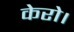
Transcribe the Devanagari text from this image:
केरो।